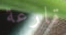
قارعة